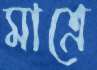
মাত্রে